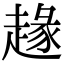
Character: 䞼